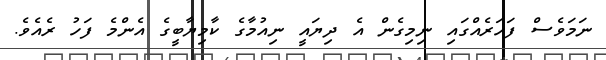
ނަމަވެސް ފަހަރެއްގައި ނިމިގެން އެ ދިޔައީ ނިއުމާގެ ކާމިޔާބީގެ އެންމެ ފަހު ރެއެވެ.